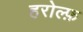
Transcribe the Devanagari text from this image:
हरोल्फ़